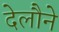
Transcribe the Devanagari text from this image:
देलौने